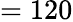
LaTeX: =120